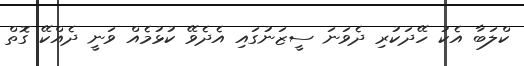
ކްލަބާ އެކު ހޭދަކުރި ދެވަނަ ސީޒަނުގައި އެދެވޭ ކުޅުމެއް ވަނީ ދެއްކޭ ގޮތް